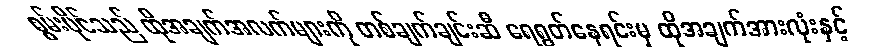
စွမ်းပိုင်သည် ထိုအချက်အလက်များကို တစ်ချက်ချင်းဆီ ရေရွတ်နေရင်းမှ ထိုအချက်အားလုံးနှင့်